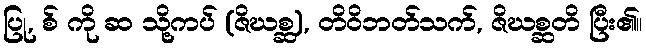
ပြု, စ် ကို ဆ သို့ကပ် (ဇိဃစ္ဆ), တိဝိဘတ်သက်, ဇိဃစ္ဆတိ ပြီး၏။